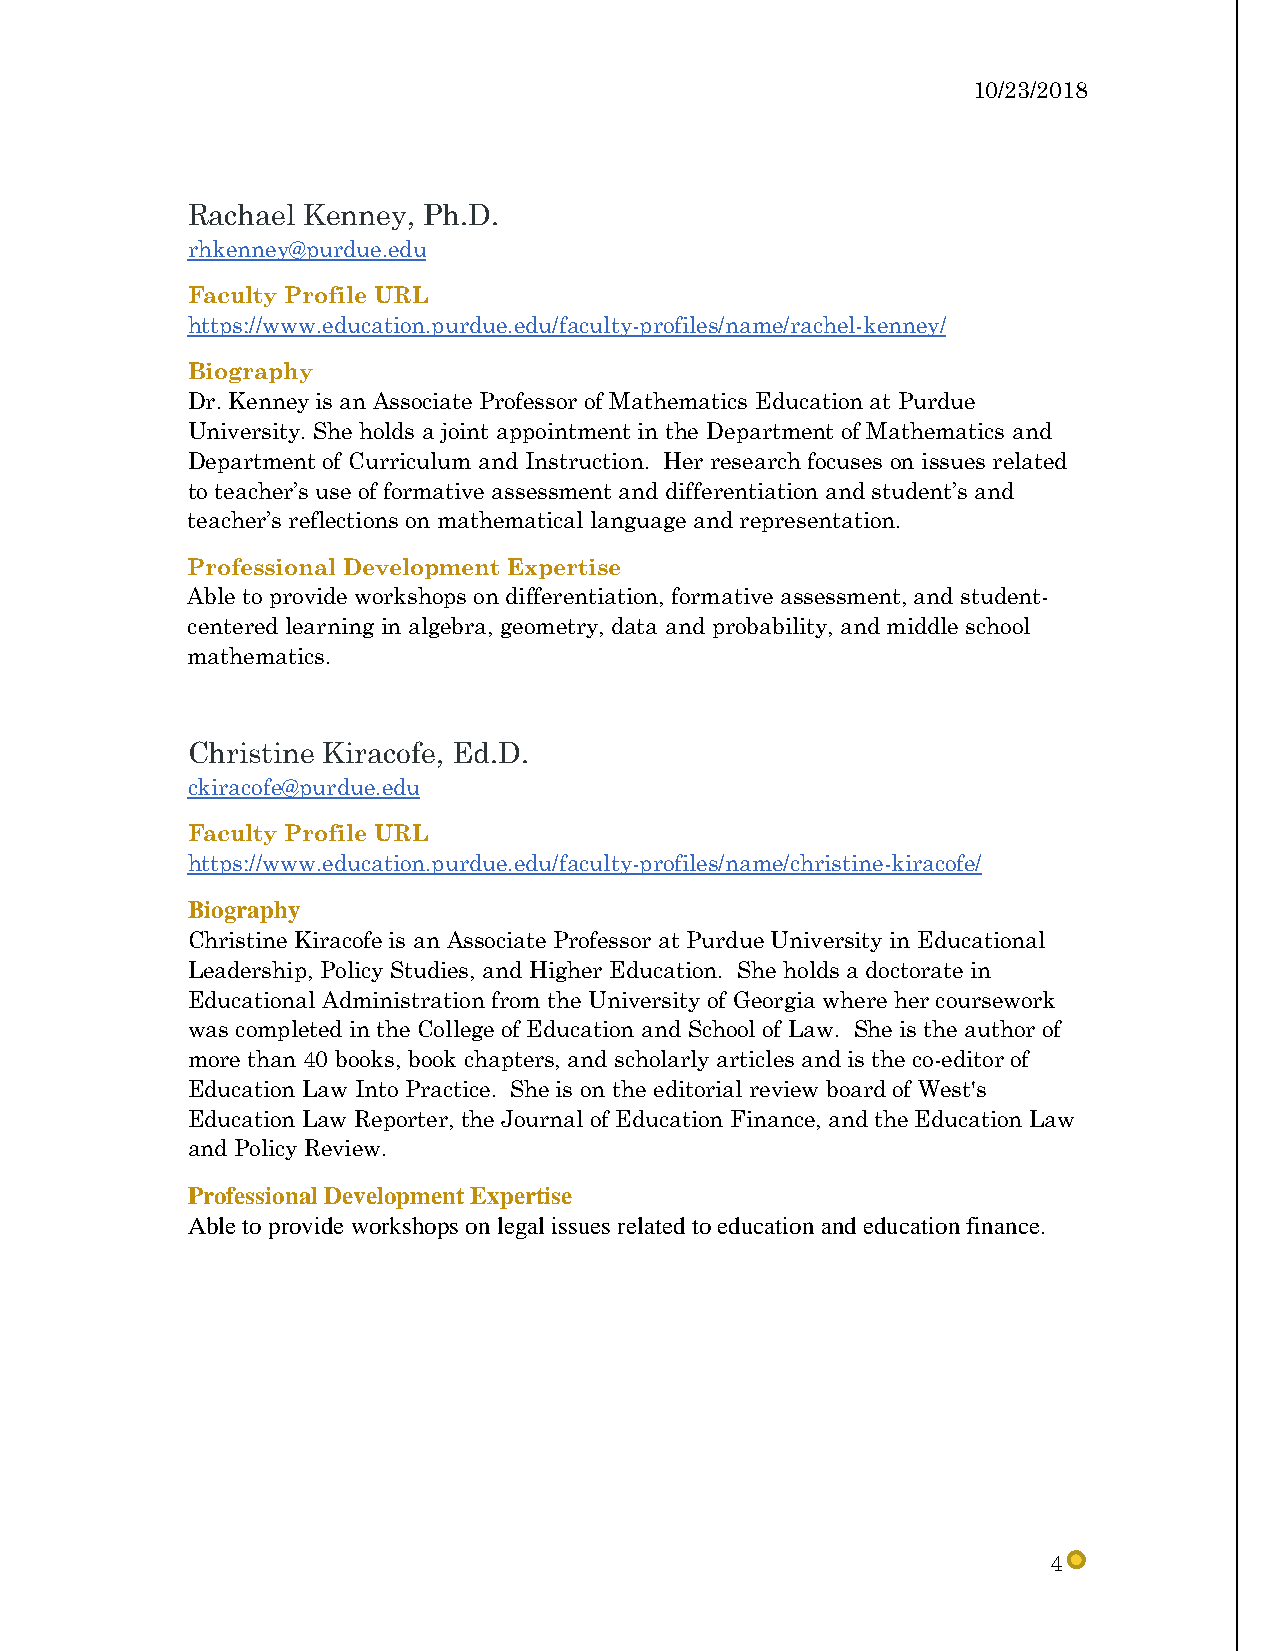
10/23/2018
 Rachael Kenney, Ph.D.
 rhkenney@purdue.edu
 Faculty Profile URL
 https://www.education.purdue.edu/faculty-profiles/name/rachel-kenney/
 Biography
 Dr. Kenney is an Associate Professor of Mathematics Education at Purdue
 University. She holds a joint appointment in the Department of Mathematics and
 Department of Curriculum and Instruction. Her research focuses on issues related
 to teacher’s use of formative assessment and differentiation and student’s and
 teacher’s reflections on mathematical language and representation.
 Professional Development Expertise
 Able to provide workshops on differentiation, formative assessment, and student-
 centered learning in algebra, geometry, data and probability, and middle school
 mathematics.
 Christine Kiracofe, Ed.D.
 ckiracofe@purdue.edu
 Faculty Profile URL
 https://www.education.purdue.edu/faculty-profiles/name/christine-kiracofe/
 Biography
 Christine Kiracofe is an Associate Professor at Purdue University in Educational
 Leadership, Policy Studies, and Higher Education. She holds a doctorate in
 Educational Administration from the University of Georgia where her coursework
 was completed in the College of Education and School of Law. She is the author of
 more than 40 books, book chapters, and scholarly articles and is the co-editor of
 Education Law Into Practice. She is on the editorial review board of West's
 Education Law Reporter, the Journal of Education Finance, and the Education Law
 and Policy Review.
 Professional Development Expertise
 Able to provide workshops on legal issues related to education and education finance.
 4